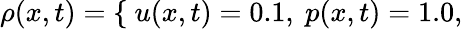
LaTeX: \rho(x,t)=\left\{ \begin{array}{rl}\end{array}\right.~u(x,t)=0.1,~p(x,t)=1.0,